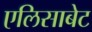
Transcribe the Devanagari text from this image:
एलिसाबेट